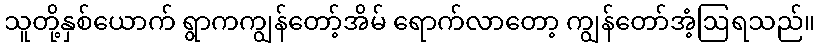
သူတို့နှစ်ယောက် ရွာကကျွန်တော့်အိမ် ရောက်လာတော့ ကျွန်တော်အံ့ဩရသည်။